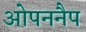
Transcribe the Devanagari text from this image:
ओपननैप